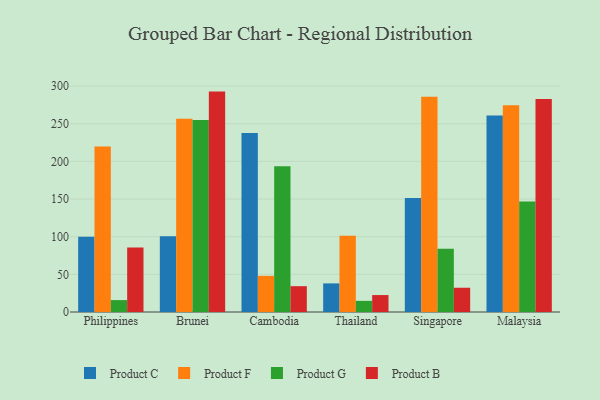
{"axis": {"x": "Country", "y": "Satisfaction Score"}, "legend": ["Product B", "Product C", "Product F", "Product G"], "data": [{"x": "Philippines", "y": 100.0, "type": "Product C"}, {"x": "Philippines", "y": 219.7, "type": "Product F"}, {"x": "Philippines", "y": 15.8, "type": "Product G"}, {"x": "Philippines", "y": 85.6, "type": "Product B"}, {"x": "Brunei", "y": 100.7, "type": "Product C"}, {"x": "Brunei", "y": 256.6, "type": "Product F"}, {"x": "Brunei", "y": 255.1, "type": "Product G"}, {"x": "Brunei", "y": 292.7, "type": "Product B"}, {"x": "Cambodia", "y": 237.6, "type": "Product C"}, {"x": "Cambodia", "y": 48.0, "type": "Product F"}, {"x": "Cambodia", "y": 193.7, "type": "Product G"}, {"x": "Cambodia", "y": 34.3, "type": "Product B"}, {"x": "Thailand", "y": 38.0, "type": "Product C"}, {"x": "Thailand", "y": 101.2, "type": "Product F"}, {"x": "Thailand", "y": 14.8, "type": "Product G"}, {"x": "Thailand", "y": 22.5, "type": "Product B"}, {"x": "Singapore", "y": 151.5, "type": "Product C"}, {"x": "Singapore", "y": 286.0, "type": "Product F"}, {"x": "Singapore", "y": 83.9, "type": "Product G"}, {"x": "Singapore", "y": 32.2, "type": "Product B"}, {"x": "Malaysia", "y": 260.8, "type": "Product C"}, {"x": "Malaysia", "y": 274.5, "type": "Product F"}, {"x": "Malaysia", "y": 146.9, "type": "Product G"}, {"x": "Malaysia", "y": 283.0, "type": "Product B"}]}